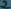
Text: 2